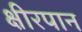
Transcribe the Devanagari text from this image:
क्षीरपान